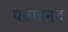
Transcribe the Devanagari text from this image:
पवाइनट